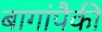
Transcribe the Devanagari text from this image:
बागांपैकी